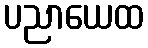
ပညာယေထ